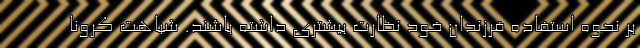
بر نحوه استفاده فرزندان خود نظارت بیشتری داشته باشند. شباهت‌ کرونا